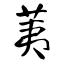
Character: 荑